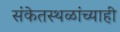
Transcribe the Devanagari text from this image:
संकेतस्थळांच्याही